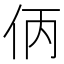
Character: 㑂